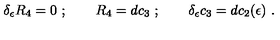
\delta _ { \epsilon } R _ { 4 } = 0 \ ; \qquad R _ { 4 } = d c _ { 3 } \ ; \qquad \delta _ { \epsilon } c _ { 3 } = d c _ { 2 } ( \epsilon ) \ .